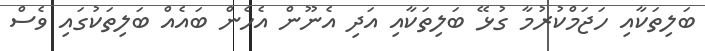
ބަލިތަކާއި ހަޖަމްކުރުމާ ގުޅޭ ބަލިތަކާއި އަދި އެނޫން އެހެން ބައެއް ބަލިތަކުގައި ވެސް